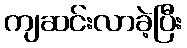
ကျဆင်းလာခဲ့ပြီး